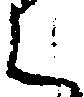
く